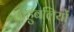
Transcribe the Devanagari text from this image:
बाहुबलियों